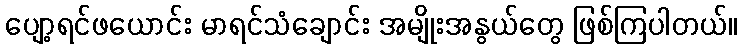
ပျော့ရင်ဖယောင်း မာရင်သံချောင်း အမျိုးအနွယ်တွေ ဖြစ်ကြပါတယ်။